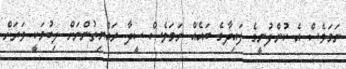
ނަމަވެސް އެ ކުންފުނީގެ ފައިދާގެ ބައެއް ނަމަވެސް ސީދާ ރައްޔިތުންނަށް ލިބުމަކީ ވަރަށް